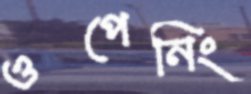
ওপেনিং